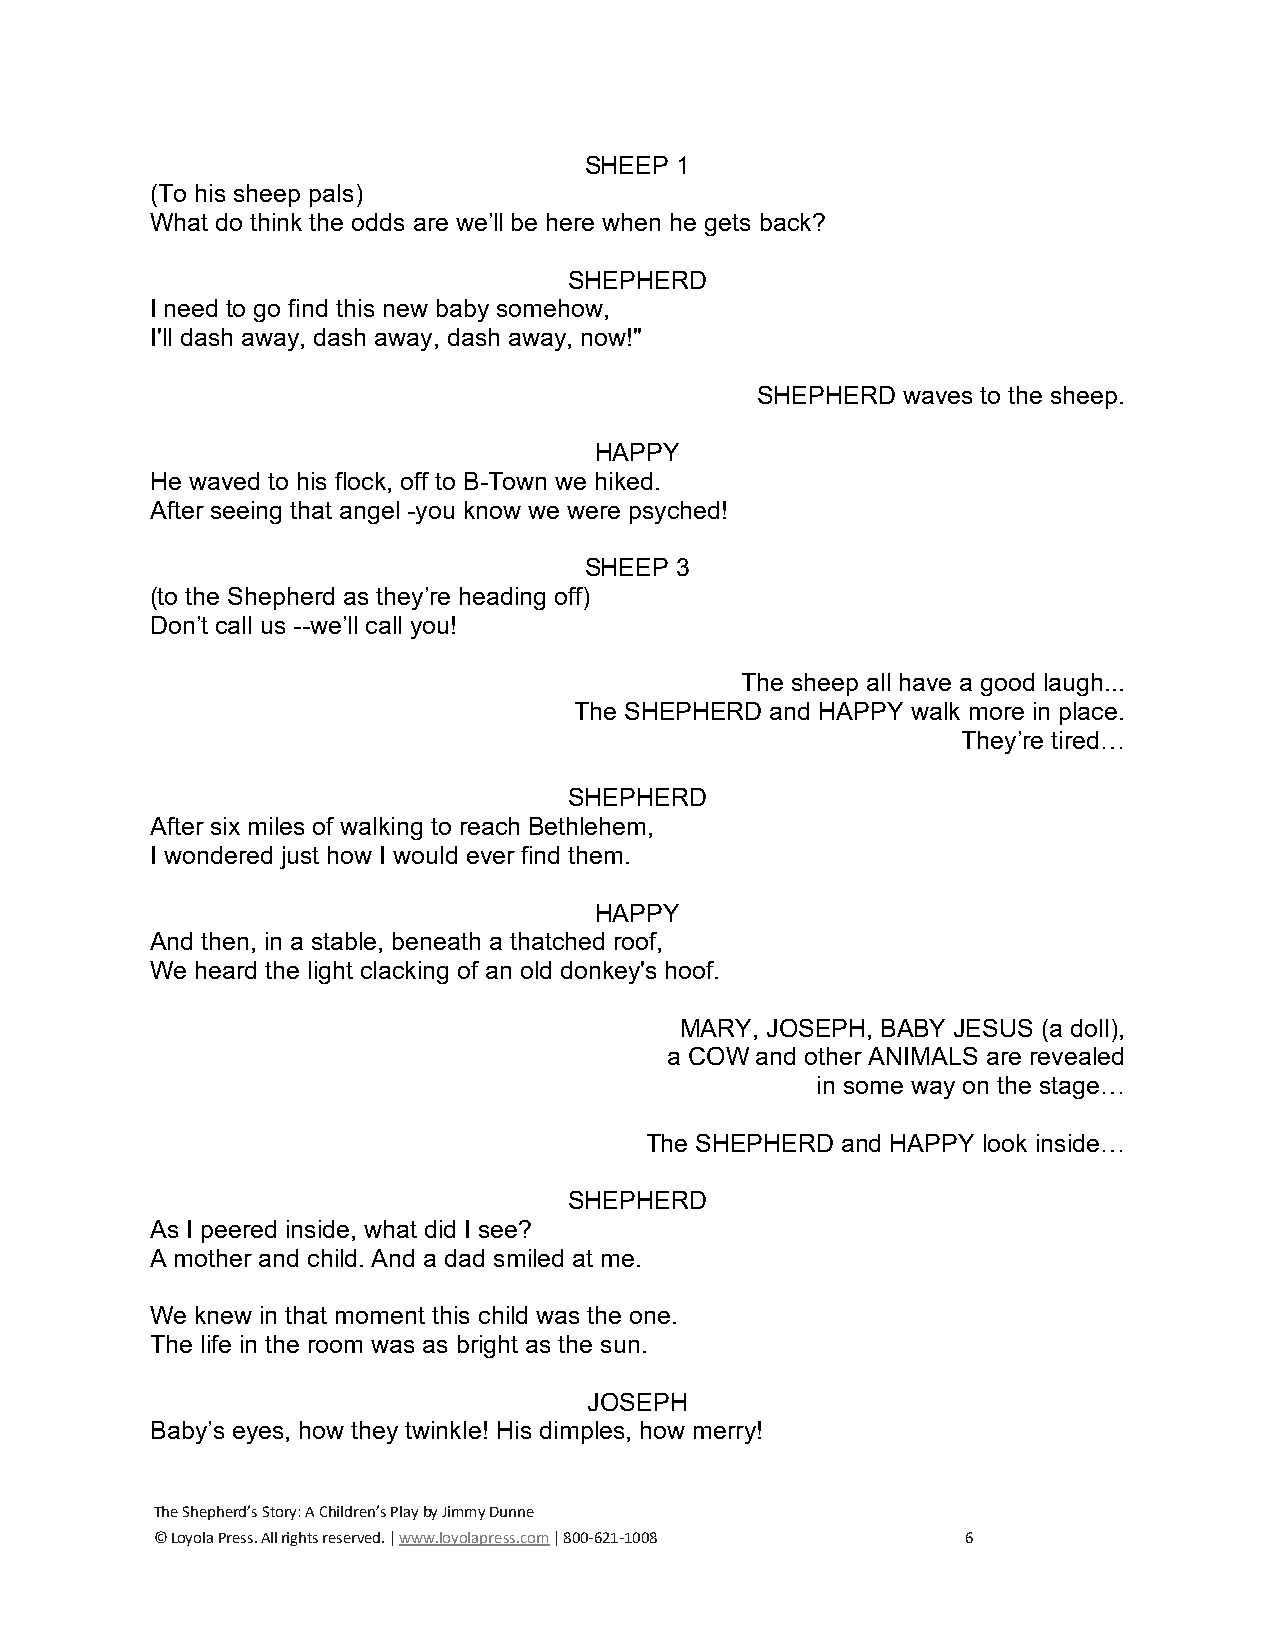
SHEEP 1
 (To his sheep pals)
 What do think the odds are we’ll be here when he gets back?
 SHEPHERD
 I need to go find this new baby somehow,
 I'll dash away, dash away, dash away, now!"
 SHEPHERD  waves to the sheep.
 HAPPY
 He waved to his flock, off to B-Town we hiked.
 After seeing that angel -you know we were psyched!
 SHEEP 3
 (to the Shepherd as they’re heading off)
 Don’t call us --we’ll call you!
 The sheep all have a good laugh...
 The SHEPHERD and HAPPY walk more in place.
 They’re tired…
 SHEPHERD
 After six miles of walking to reach Bethlehem,
 I wondered just how I would ever find them.
 HAPPY
 And then, in a stable, beneath a thatched roof,
 We heard the light clacking of an old donkey's hoof.
 MARY, JOSEPH, BABY JESUS (a doll),
 a COW and other ANIMALS are revealed
 in some way on the stage…
 The SHEPHERD and HAPPY look inside…
 SHEPHERD
 As I peered inside, what did I see?
 A mother and child. And a dad smiled at me.
 We knew in that moment this child was the one.
 The life in the room was as bright as the sun.
 JOSEPH
 Baby’s eyes, how they twinkle! His dimples, how merry!
 The Shepherd’s Story: A Children’s Play by Jimmy Dunne
 © Loyola Press. All rights reserved. | www.loyolapress.com | 800-621-1008 6